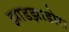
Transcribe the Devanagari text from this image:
झाडझाडोरा